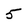
Character: 5